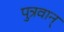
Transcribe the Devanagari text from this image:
पुत्रवान्